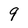
Character: q